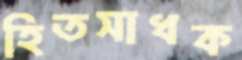
হিতসাধক